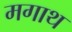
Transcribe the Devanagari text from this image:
मगाथ